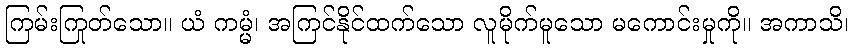
ကြမ်းကြုတ်သော။ ယံ ကမ္မံ၊ အကြင်နိုင်ထက်သော လူမိုက်မူသော မကောင်းမှုကို။ အကာသိ၊